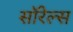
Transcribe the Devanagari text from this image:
सॉरेल्स